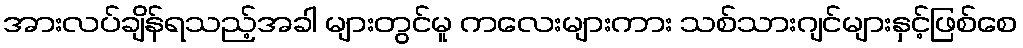
အားလပ်ချိန်ရသည့်အခါ များတွင်မူ ကလေးများကား သစ်သားဂျင်များနှင့်ဖြစ်စေ